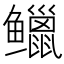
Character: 𫚭